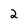
Character: 2